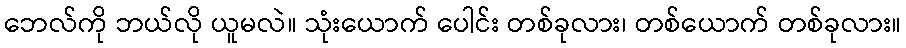
ဘေလ်ကို ဘယ်လို ယူမလဲ။ သုံးယောက် ပေါင်း တစ်ခုလား၊ တစ်ယောက် တစ်ခုလား။